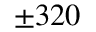
\pm 3 2 0